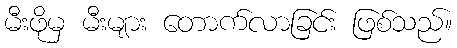
မီးဖိုမှ မီးများ တောက်လာခြင်း ဖြစ်သည်။